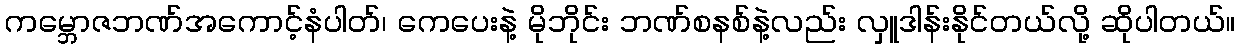
ကမ္ဘောဇဘဏ်အကောင့်နံပါတ်၊ ကေပေးနဲ့ မိုဘိုင်း ဘဏ်စနစ်နဲ့လည်း လှူဒါန်းနိုင်တယ်လို့ ဆိုပါတယ်။